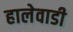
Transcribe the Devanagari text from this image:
हालेवाडी